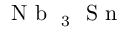
\mathrm { ~ N ~ b ~ } _ { \mathrm { ~ 3 ~ } } \mathrm { ~ S ~ n ~ }